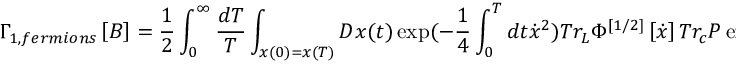
\Gamma _ { 1 , f e r m i o n s } \left[ B \right] = \frac { 1 } { 2 } \int _ { 0 } ^ { \infty } { \frac { { d T } } { T } } \int _ { x ( 0 ) = x ( T ) } { D x ( t ) \exp ( - \frac { 1 } { 4 } } \int _ { 0 } ^ { T } { d t \dot { x } ^ { 2 } } ) T r _ { L } \Phi ^ { \left[ { 1 / 2 } \right] } \left[ { \dot { x } } \right] T r _ { c } P \exp ( i g \int _ { 0 } ^ { T } { d t \dot { x } \cdot B ) }